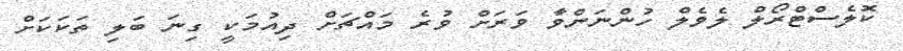
ކޮލެސްޓްރޯލް ލެވެލް ހުންނަންވާ ވަރަށް ވުރެ މައްޗަށް ދިއުމަކީ ގިނަ ބަލި ތަކަކަށް